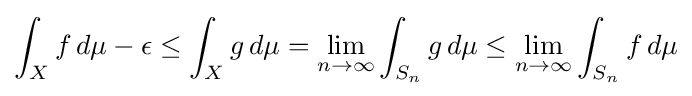
\int _{X}{f\,d\mu }-\epsilon \leq \int _{X}{g\,d\mu }=\lim _{n\to \infty }{\int _{S_{n}}{g\,d\mu }}\leq \lim _{n\to \infty }{\int _{S_{n}}{f\,d\mu }}